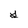
Character: Y